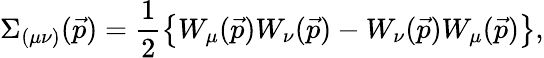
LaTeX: \Sigma_{(\mu\nu)}(\vec{p})=\frac{1}{2}\left\{ W_{\mu}(\vec{p})W_{\nu}(\vec{p})-W_{\nu}(\vec{p})W_{\mu}(\vec{p})\right\} ,